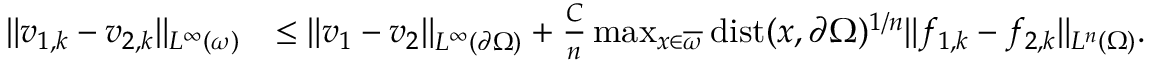
\begin{array} { r l } { \| v _ { 1 , k } - v _ { 2 , k } \| _ { L ^ { \infty } ( \omega ) } } & { \leq \| v _ { 1 } - v _ { 2 } \| _ { L ^ { \infty } ( \partial \Omega ) } + \frac { C } { n } \operatorname* { m a x } _ { x \in \overline { { \omega } } } \mathrm { d i s t } ( x , \partial \Omega ) ^ { 1 / n } \| f _ { 1 , k } - f _ { 2 , k } \| _ { L ^ { n } ( \Omega ) } . } \end{array}